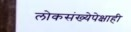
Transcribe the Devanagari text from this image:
लोकसंख्येपेक्षाही